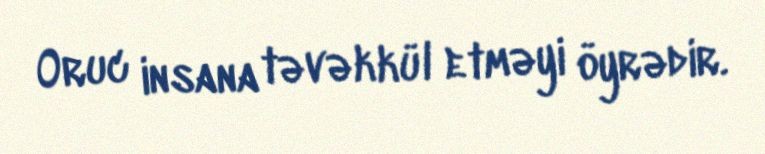
Oruc insana təvəkkül etməyi öyrədir.